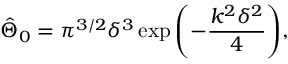
\hat { \Theta } _ { 0 } = \pi ^ { 3 / 2 } \delta ^ { 3 } \exp { \left( - \frac { k ^ { 2 } \delta ^ { 2 } } { 4 } \right) } ,